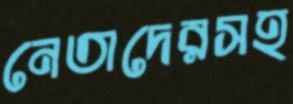
নেতাদেরসহ